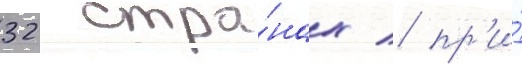
32 стра́нах / пр'и́